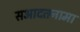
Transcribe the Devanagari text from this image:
सआदतनामा